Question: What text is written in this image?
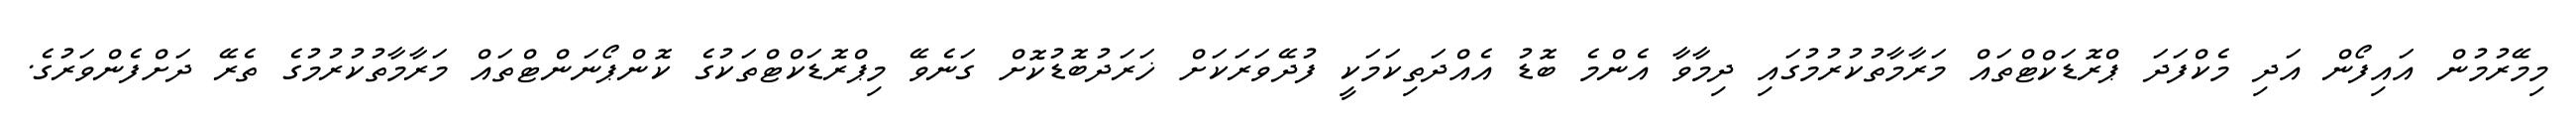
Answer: މިމޭރުމުން އައިފޯން އަދި މެކްފަދަ ޕްރޮޑަކްޓްތައް މަރާމާތުކުރުމުގައި ދިމާވާ އެންމެ ބޮޑު އެއްދަތިކަމަކީ ފުދޭވަރަކަށް ޚަރަދުބޮޑުކޮށް ގަނެވޭ މިޕްރޮޑަކްޓްތަކުގެ ކޮންޕޯނަންޓްތައް މަރާމާތުކުރުމުގެ ތެރޭ ދަށްފެންވަރުގެ.